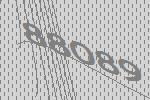
88089